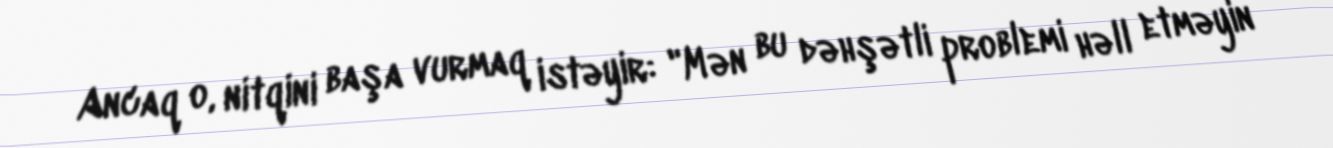
Ancaq o, nitqini başa vurmaq istəyir: "Mən bu dəhşətli problemi həll etməyin